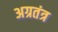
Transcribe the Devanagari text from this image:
अग्रतंत्र